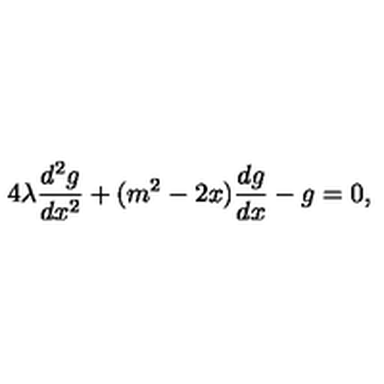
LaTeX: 4 \lambda \frac { d ^ { 2 } g } { d x ^ { 2 } } + ( m ^ { 2 } - 2 x ) \frac { d g } { d x } - g = 0 ,